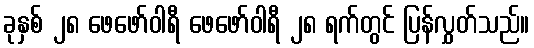
ခုနှစ် ၂၈ ဖေဖော်ဝါရီ ဖေဖော်ဝါရီ ၂၈ ရက်တွင် ပြန်လွှတ်သည်။